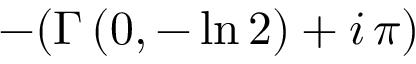
- ( \Gamma \left( 0 , - \ln 2 \right) + i \, \pi )